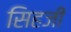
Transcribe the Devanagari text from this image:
सिहजी